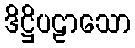
ဒိဋ္ဌိပဠာသော